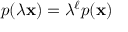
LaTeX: p ( \lambda \mathbf { x } ) = \lambda ^ { \ell } p ( \mathbf { x } )